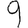
Digit: 9